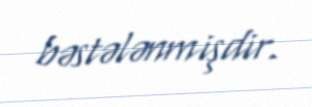
bəstələnmişdir.